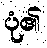
ပုံ၏